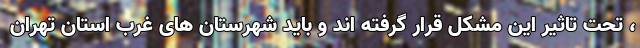
، تحت تاثیر این مشکل قرار گرفته اند و باید شهرستان های غرب استان تهران